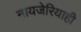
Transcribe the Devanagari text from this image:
नायजेरियाही